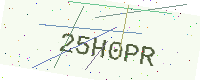
Text: 25H0PR